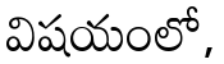
విషయంలో,